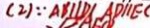
( 2 ) \because A B / / D 1 A D / / E C